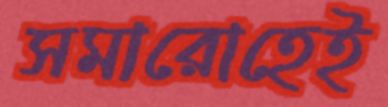
সমারোহেই